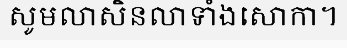
សូមលាសិនលាទាំងសោកា។